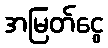
အမြတ်ငွေ